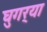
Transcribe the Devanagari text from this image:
घुगर्‍या